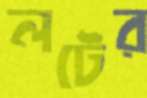
লটের